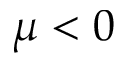
\mu < 0